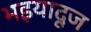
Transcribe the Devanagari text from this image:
भइयादूज